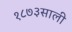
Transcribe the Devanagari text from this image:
१८७३साली